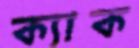
ক্যাক